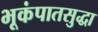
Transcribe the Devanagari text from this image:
भूकंपातसुद्धा